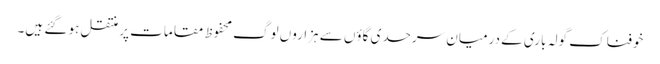
خوفناک گولہ باری کے درمیان سرحدی گاؤں سے ہزاروں لوگ محفوظ مقامات پر منتقل ہو گئے ہیں۔